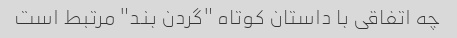
چه اتفاقی با داستان کوتاه "گردن بند" مرتبط است